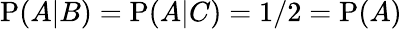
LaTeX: \mathrm{P}(A|B)=\mathrm{P}(A|C)=1/2=\mathrm{P}(A)